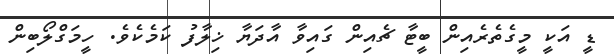
ޑީ އަކީ މީގެތެރެއިން ބީޓާ ޗެއިން ގައިވާ އާދަޔާ ޚިލާފު ކަމެކެވެ. ހީމަގްލޯބިން